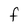
Character: F